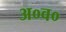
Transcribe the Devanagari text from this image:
अ०व०